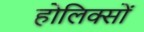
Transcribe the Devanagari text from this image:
होलिक्सों